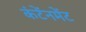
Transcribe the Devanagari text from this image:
कंटेंनमेंट